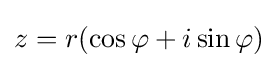
z=r(\cos \varphi +i\sin \varphi )